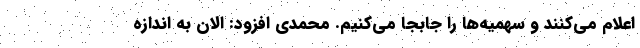
اعلام می‌کنند و سهمیه‌ها را جابجا می‌کنیم. محمدی افزود: الان به اندازه